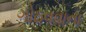
ગોઠવવાના